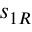
s _ { 1 R }